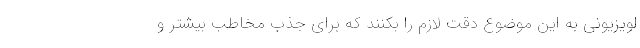
لویزیونی به این موضوع دقت لازم را بکنند که برای جذب مخاطب بیشتر و